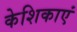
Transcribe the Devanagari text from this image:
केशिकाएं